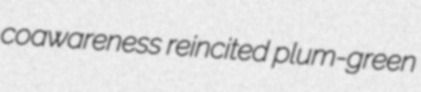
coawareness reincited plum-green